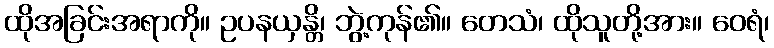
ထိုအခြင်းအရာကို။ ဥပနယှန္တိ၊ ဘွဲ့ကုန်၏။ တေသံ၊ ထိုသူတို့အား။ ဝေရံ၊